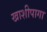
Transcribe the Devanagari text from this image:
खाशीपागा